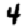
Digit: 4